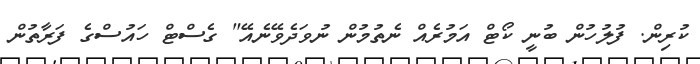
ކުރިން. ފުލުހުން ބުނީ ކޯޓް އަމުރެއް ނެތުމުން ނުވަދެވޭނެއޭ" ގެސްޓް ހައުސްގެ ފަރާތުން